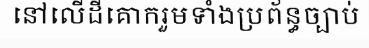
នៅលើដីគោករួមទាំងប្រព័ន្ធច្បាប់